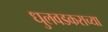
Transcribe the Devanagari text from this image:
धुलवडकराच्या